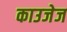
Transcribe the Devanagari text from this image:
काउजेज